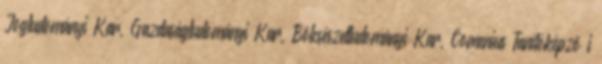
Jogtudományi Kar, Gazdaságtudományi Kar, Bölcsészettudományi Kar, Comenius Tanítóképzõ i